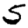
Digit: 5